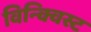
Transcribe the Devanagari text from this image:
विन्क्विस्ट